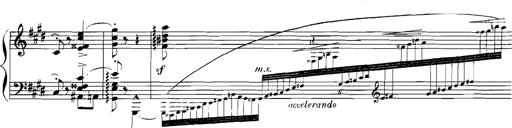
Title: Rhapsodies hongroises
Composer: Franz Liszt